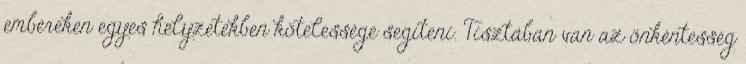
embereken egyes helyzetekben kötelessége segíteni. Tisztában van az önkéntesség